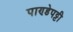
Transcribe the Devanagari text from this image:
पाण्डेपट्टी